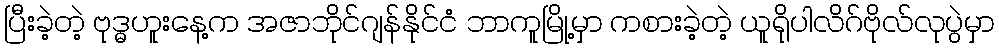
ပြီးခဲ့တဲ့ ဗုဒ္ဓဟူးနေ့က အဇာဘိုင်ဂျန်နိုင်ငံ ဘာကူမြို့မှာ ကစားခဲ့တဲ့ ယူရိုပါလိဂ်ဗိုလ်လုပွဲမှာ